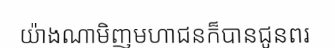
យ៉ាងណាមិញមហាជនក៏បានជូនពរ